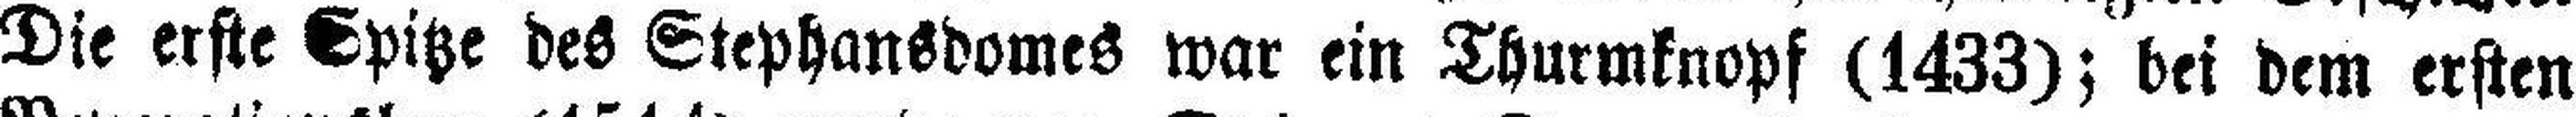
Die erste Spitze des Stephansdomes war ein Thurmknopf (1433); bei dem ersten